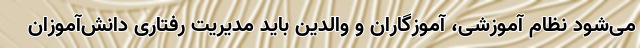
می‌شود نظام آموزشی، آموزگاران و والدین باید مدیریت رفتاری دانش‌آموزان